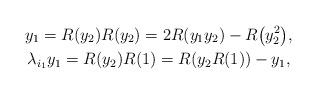
LaTeX: \begin{gather*}y_1 = R(y_2)R(y_2) = 2R(y_1 y_2) - R\big(y_2^2\big), \\\lambda_{i_1} y_1 = R(y_2)R(1) = R(y_2R(1)) - y_1,\end{gather*}